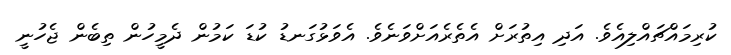
ކުރިމައްޗައްލިއެވެ. އަދި އިތުރަށް އެތެރެއަށްވަނެވެ. އެވަޅުގަނޑު ކުޑަ ކަމުން ދެމީހުން ތިބެން ޖެހުނީ